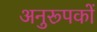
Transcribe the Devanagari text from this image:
अनुरूपकों